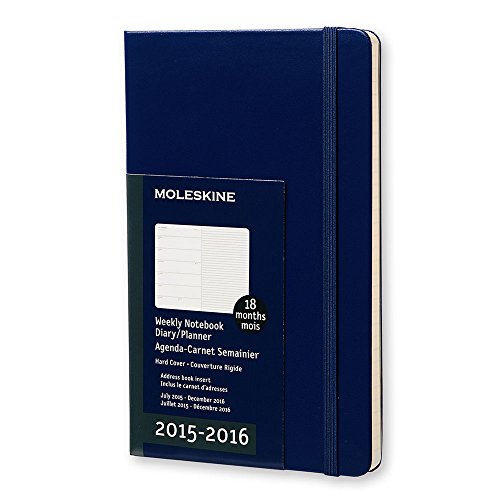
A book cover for Moleskine 2015-2016 Weekly Notebook, 18M, Large, Royal Blue, Hard Cover (5 x 8.25); Moleskine; Calendars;